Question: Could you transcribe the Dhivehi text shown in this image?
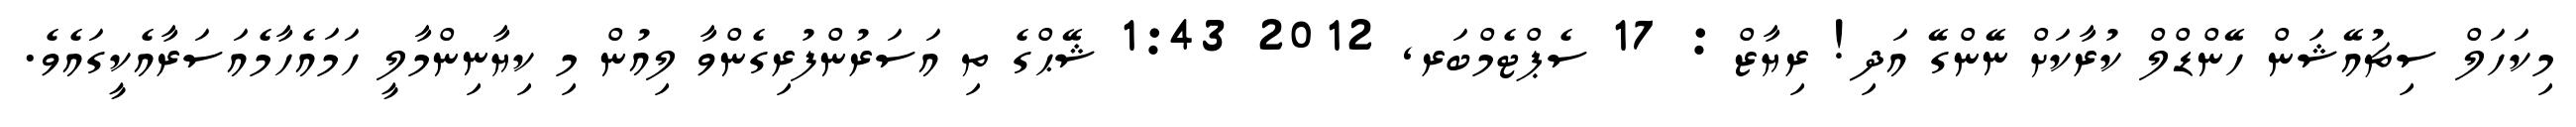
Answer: މިކަހަލް ސިޗުއޭޝަން ހޭންޑްލް ކުރާކަށް ނޭންގޭ އަދި! ރިޔާޒް : 17 ސެޕްޓެމްބަރ, 2012 1:43 ޝޭޙްގެ ތި އަސަރުންފުރިގެންވާ ލިއުން މި ކިޔާނިންމާލީ ހަމައެހާމެއަސަރާއެކީގައެވެ.